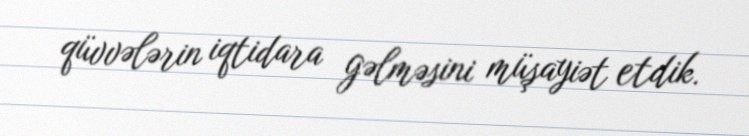
qüvvələrin iqtidara gəlməsini müşayiət etdik.